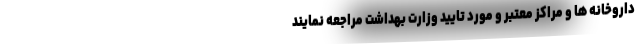
داروخانه ها و مراکز معتبر و مورد تایید وزارت بهداشت مراجعه نمایند